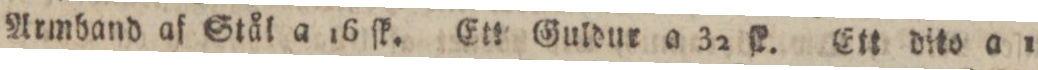
Armband af Stål a 16 ſk. Ett Guldur a 32 ſk. Ett dito a 1